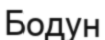
Бодун